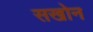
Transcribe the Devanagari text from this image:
सखोन